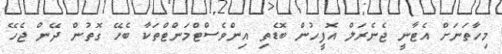
މިހާތަނަށް އެޓާނީ ޖެނެރަލް އޮފީހުން ބޮޑެތި އިންވެސްޓްމަންޓްތަކާ ބެހޭ ގޮތުން ދޭން ޖެހޭ